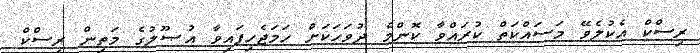
ރިސްކް އެކުލެވޭ މަސައްކަތް ކުރައްވާ ކޮންމެ ދުވަހަކަށް ހަމަޖެހިފައިވާ އުޞޫލުގެ މަތިން ރިސްކް